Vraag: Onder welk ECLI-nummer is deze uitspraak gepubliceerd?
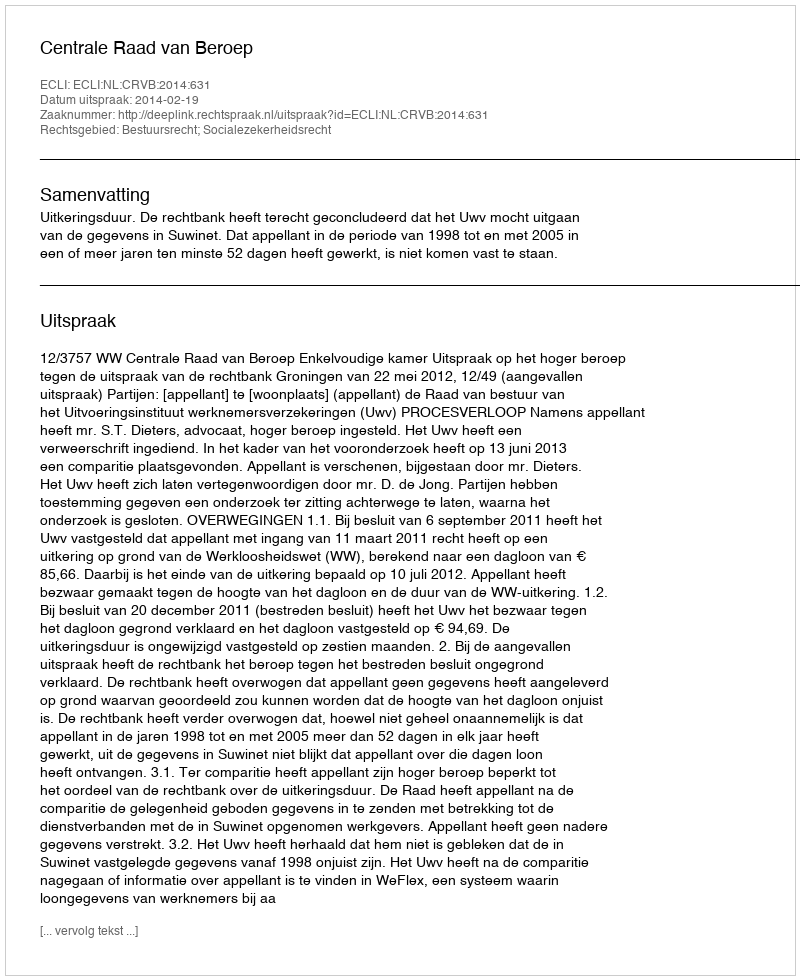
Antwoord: ECLI:NL:CRVB:2014:631